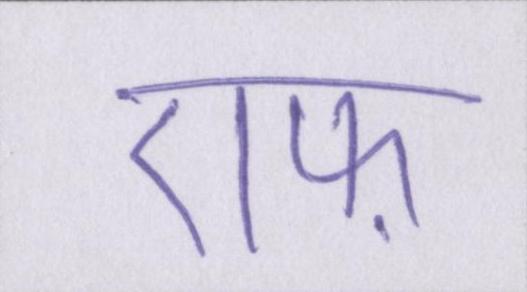
एफ़